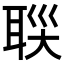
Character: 𦕯